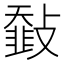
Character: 𩐅